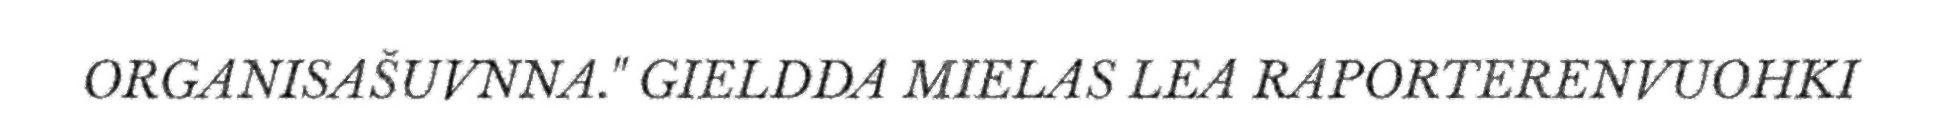
ORGANISAŠUVNNA." GIELDDA MIELAS LEA RAPORTERENVUOHKI